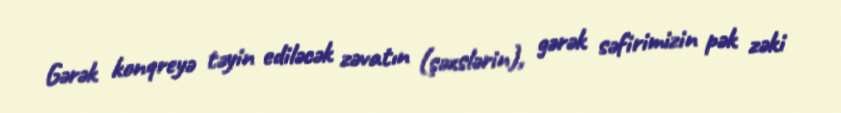
Gərək konqreyə təyin ediləcək zəvatın (şəxslərin), gərək səfirimizin pək zəki